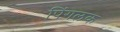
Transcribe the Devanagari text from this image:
पिंगलक